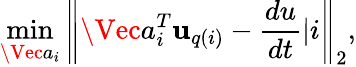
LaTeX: \operatorname*{min}_{\Vec{a}_{i}}{\left\| \Vec{a}_{i}^{T}\mathbf{u}_{q(i)}-\frac{du}{dt}|i\right\| _{2}},